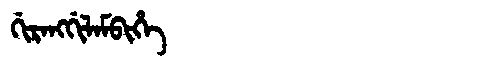
Manchu: ᡤᡳᡵᠠᠩᡤᡳᠯᠠᠮᠪᡳᡥᡝ
Romanization: GIRANGGILAMBIHE